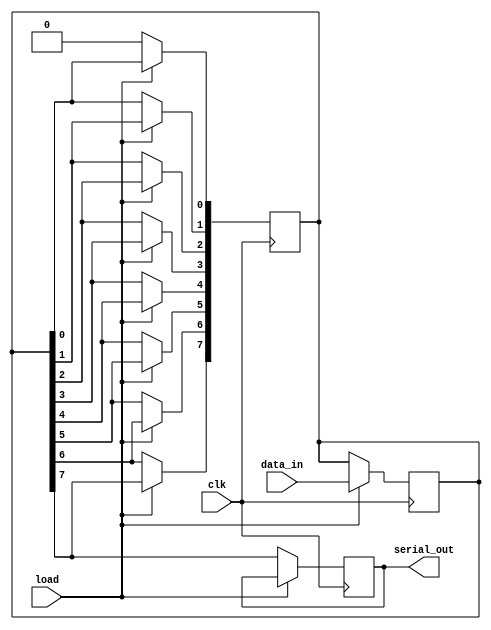
module dynamic_piso_register #(
    parameter WIDTH = 8 // Parameter to define the width of the register
)(
    input wire clk,                   // Clock input
    input wire load,                  // Shift/Load control signal
    input wire [WIDTH-1:0] data_in,   // Parallel data input
    output reg serial_out             // Serial data output
);

    reg [WIDTH-1:0] storage;          // Register to hold data dynamically
    reg [WIDTH-1:0] shift_reg;        // Shift register to facilitate serial output
    integer i;

    always @(posedge clk) begin
        if (load) begin
            // Load data into storage on load signal
            storage <= data_in;
        end
    end

    always @(posedge clk) begin
        if (!load) begin
            // Shift data out serially when not loading
            serial_out <= storage[WIDTH-1]; // Output the MSB first
            // Shift the storage register to the right
            for (i = WIDTH-1; i > 0; i = i - 1) begin
                storage[i] <= storage[i-1];
            end
            storage[0] <= 1'b0; // Optionally clear the LSB after shifting
        end
    end

endmodule